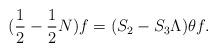
LaTeX: \begin{align*}(\frac{1}{2}-\frac{1}{2}N)f=(S_2-S_3\Lambda)\theta f.\end{align*}